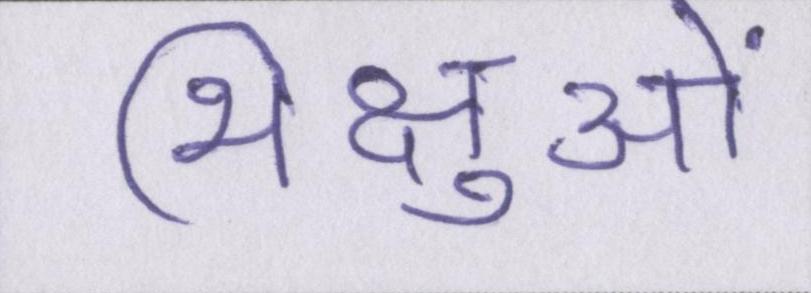
भिक्षुओं